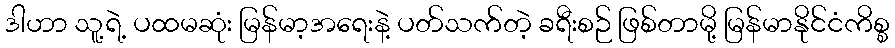
ဒါဟာ သူ့ရဲ့ ပထမဆုံး မြန်မာ့အရေးနဲ့ ပတ်သက်တဲ့ ခရီးစဉ် ဖြစ်တာမို့ မြန်မာနိုင်ငံကိစ္စ